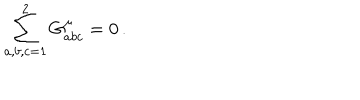
LaTeX: \sum _ { a , b , c = 1 } ^ { 2 } G _ { a b c } ^ { \mu } = 0 \, .